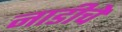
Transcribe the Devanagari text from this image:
नाडीचे